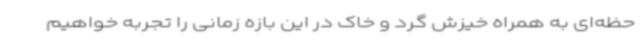
حظه‌ای به همراه خیزش گرد و خاک در این بازه زمانی را تجربه خواهیم